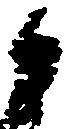
御